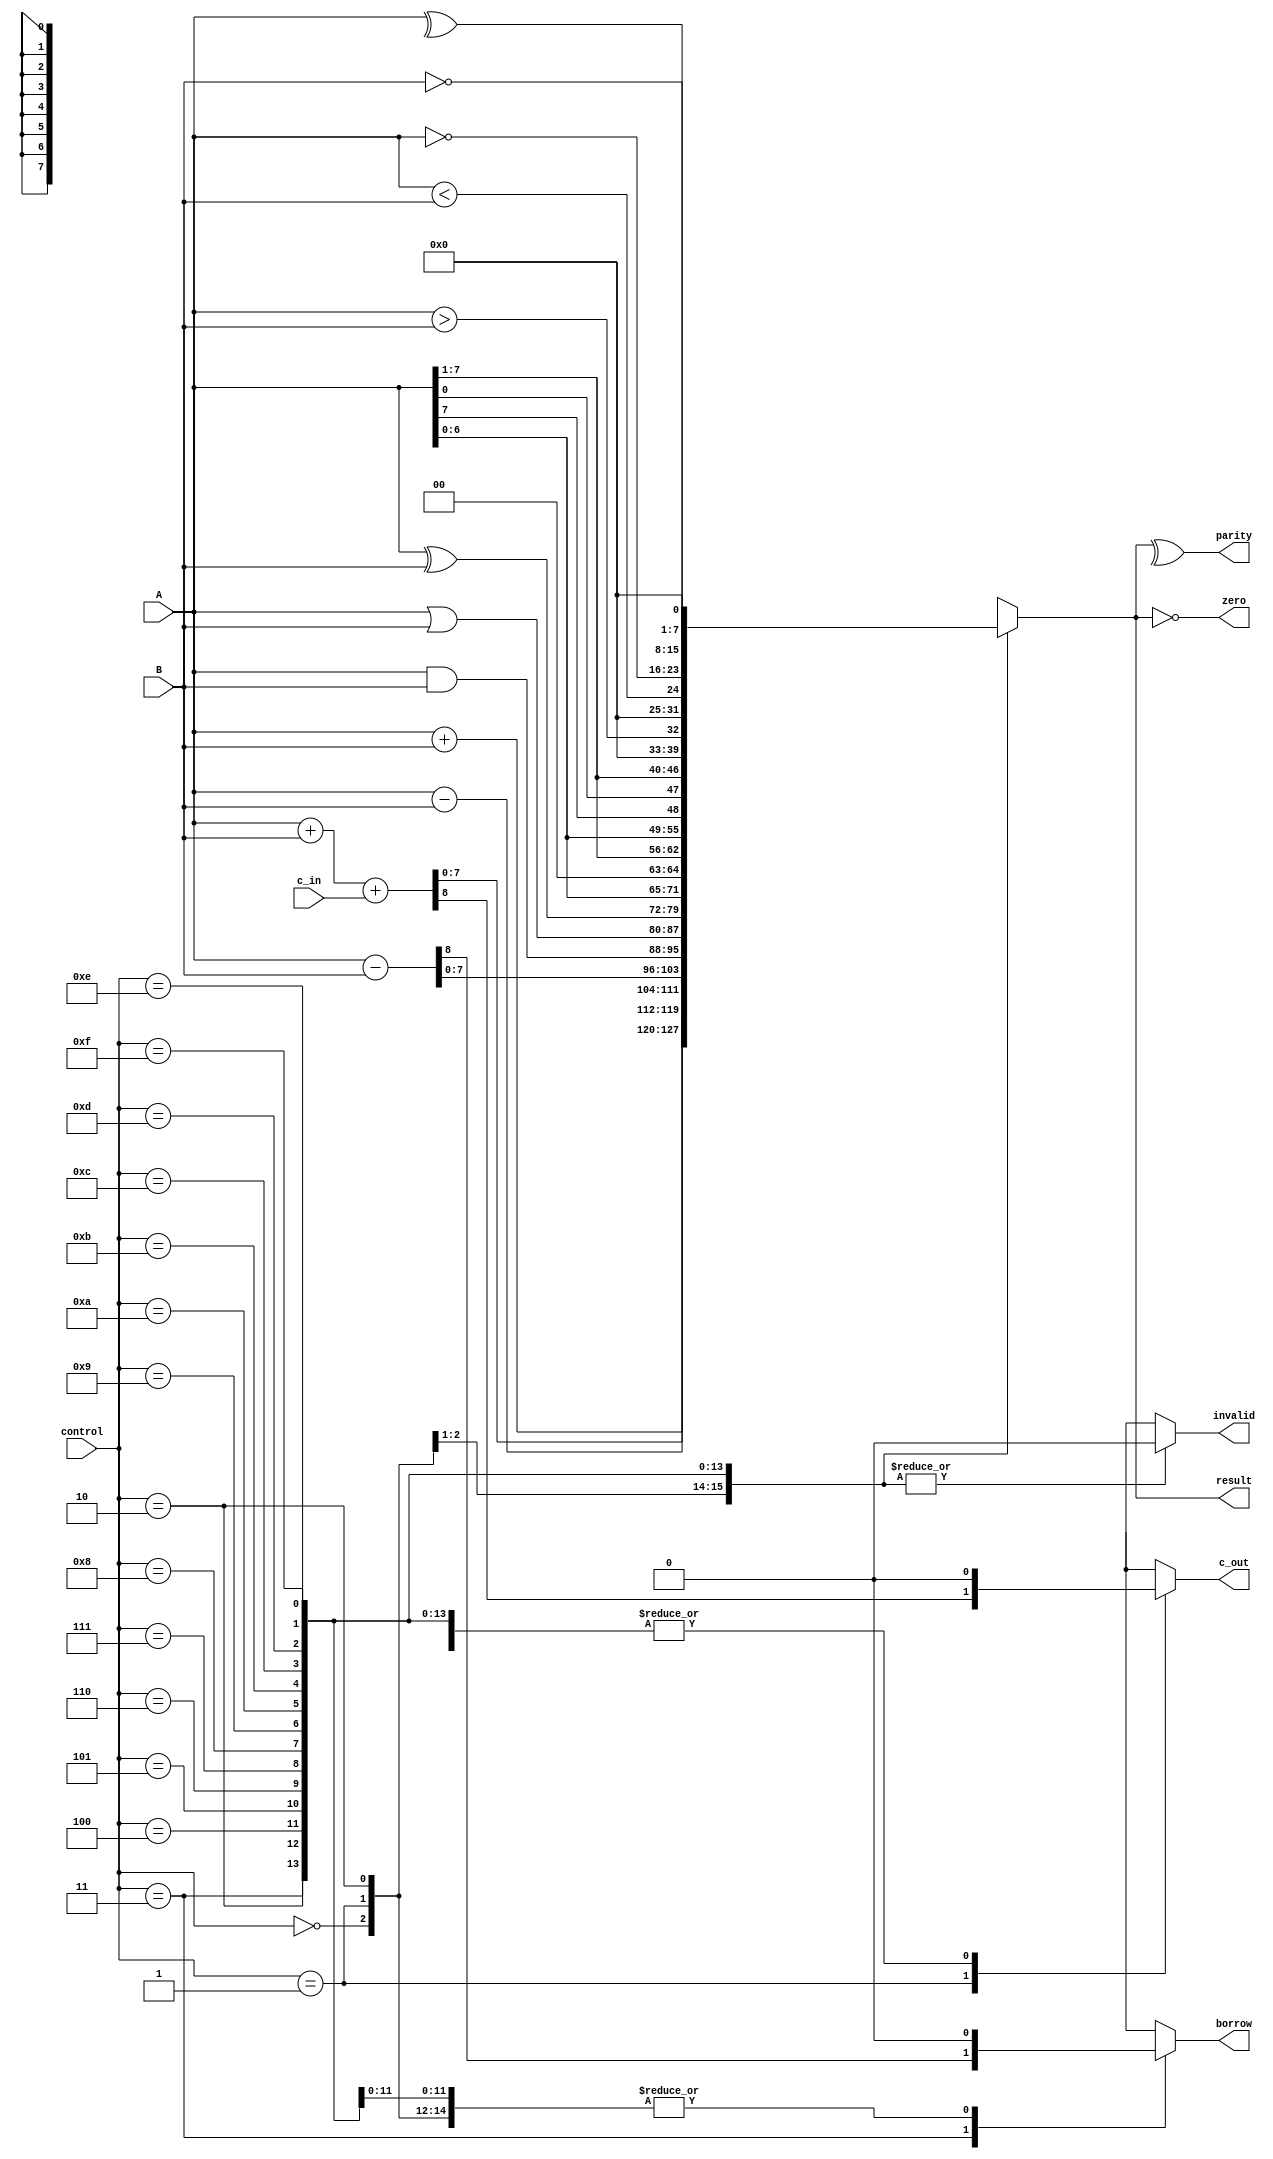
module top
	#(parameter N = 8)// Here N can be changed as the number of bits required.
	(input [N-1:0]A,B,
	 input c_in,
	 input [3:0]control,
	 output reg [N-1:0]result,
	 output reg c_out,
	 output zero,
	 output parity,
	 output reg invalid,
	 output reg borrow);
			 		 

localparam ADD = 4'd0;// discard carry
localparam ADD_C = 4'd1;// ADD with carry
localparam SUB = 4'd2;// Substraction
localparam SUB_B = 4'd3; // Substraction with Borrow
localparam AND = 4'd4; // bitwise AND  
localparam OR = 4'd5;	// bitwise OR
localparam XOR = 4'd6; // bitwise XOR
localparam SHIFT_L = 4'd7; // Logical shift left
localparam SHIFT_R = 4'd8; // Logical shift right
localparam ROT_L = 4'd9; // Rotate left A
localparam ROT_R = 4'd10; // Rotate right A
localparam G_T = 4'd11; // Check if A>B
localparam L_T = 4'd12; // Check if A<B
localparam NOT_A = 4'd13; // negate A
localparam NOT_B = 4'd14; // negate B
localparam XOR_P = 4'd15; // To get Parity Bit

	always @ (*)
		begin
			result = 0; c_out = 0; 
			invalid = 0; borrow = 0;
			case (control)
				ADD : result = A + B;
				ADD_C : {c_out,result} = A + B + c_in;
				SUB : result = A - B;
				SUB_B : {borrow,result} = A - B;
				AND : result = A & B ;
				OR : result = A | B;
				XOR : result = A ^ B;
				SHIFT_L : result = A <<< 1;
				SHIFT_R : result = A >>> 1;
				ROT_L : result = {A[N-2:0],A[N-1]};
				ROT_R : result = {A[0],A[N-1:1]};
				G_T : result = A > B;
				L_T : result = A < B;
				NOT_A : result = ~A;
				NOT_B : result = ~B;
				XOR_P : result = ^A;
				default : invalid = 1;
			endcase
		end	
		
		assign parity = ^result;
		assign zero = (result == 0);
		

endmodule